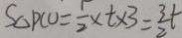
S _ { \Delta } P C O = \frac { 1 } { 2 } \times t \times 3 = \frac { 3 } { 2 } t